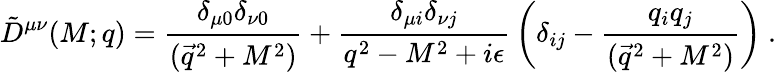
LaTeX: \tilde{D}^{\mu\nu}(M;q)={\frac{\delta_{\mu 0}\delta_{\nu 0}}{(\vec{q}^{2}+M^{2})}}+{\frac{\delta_{\mu i}\delta_{\nu j}}{q^{2}-M^{2}+i\epsilon}}\left(\delta_{ij}-{\frac{q_{i}q_{j}}{(\vec{q}^{2}+M^{2})}}\right)~.